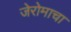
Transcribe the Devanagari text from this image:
जेरोमाचा